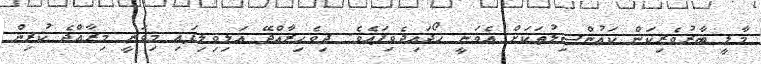
މާލީ ބާރުވެރިކަން ކައުންސިލުތަކަށް އެވަނީ ހޯދައިދެވިފައެވެ. ދިވެހިރާއްޖޭ އަލިވިލިފައި މިވަނީ މިރާއްޖެ ކުރިން